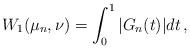
LaTeX: \begin{align*}W_1(\mu_n, \nu)= \int_0^1 |G_n(t)|dt \, ,\end{align*}